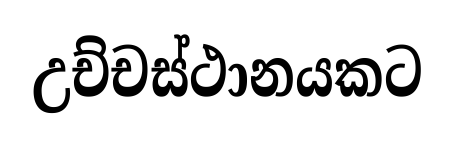
උච්චස්ථානයකට